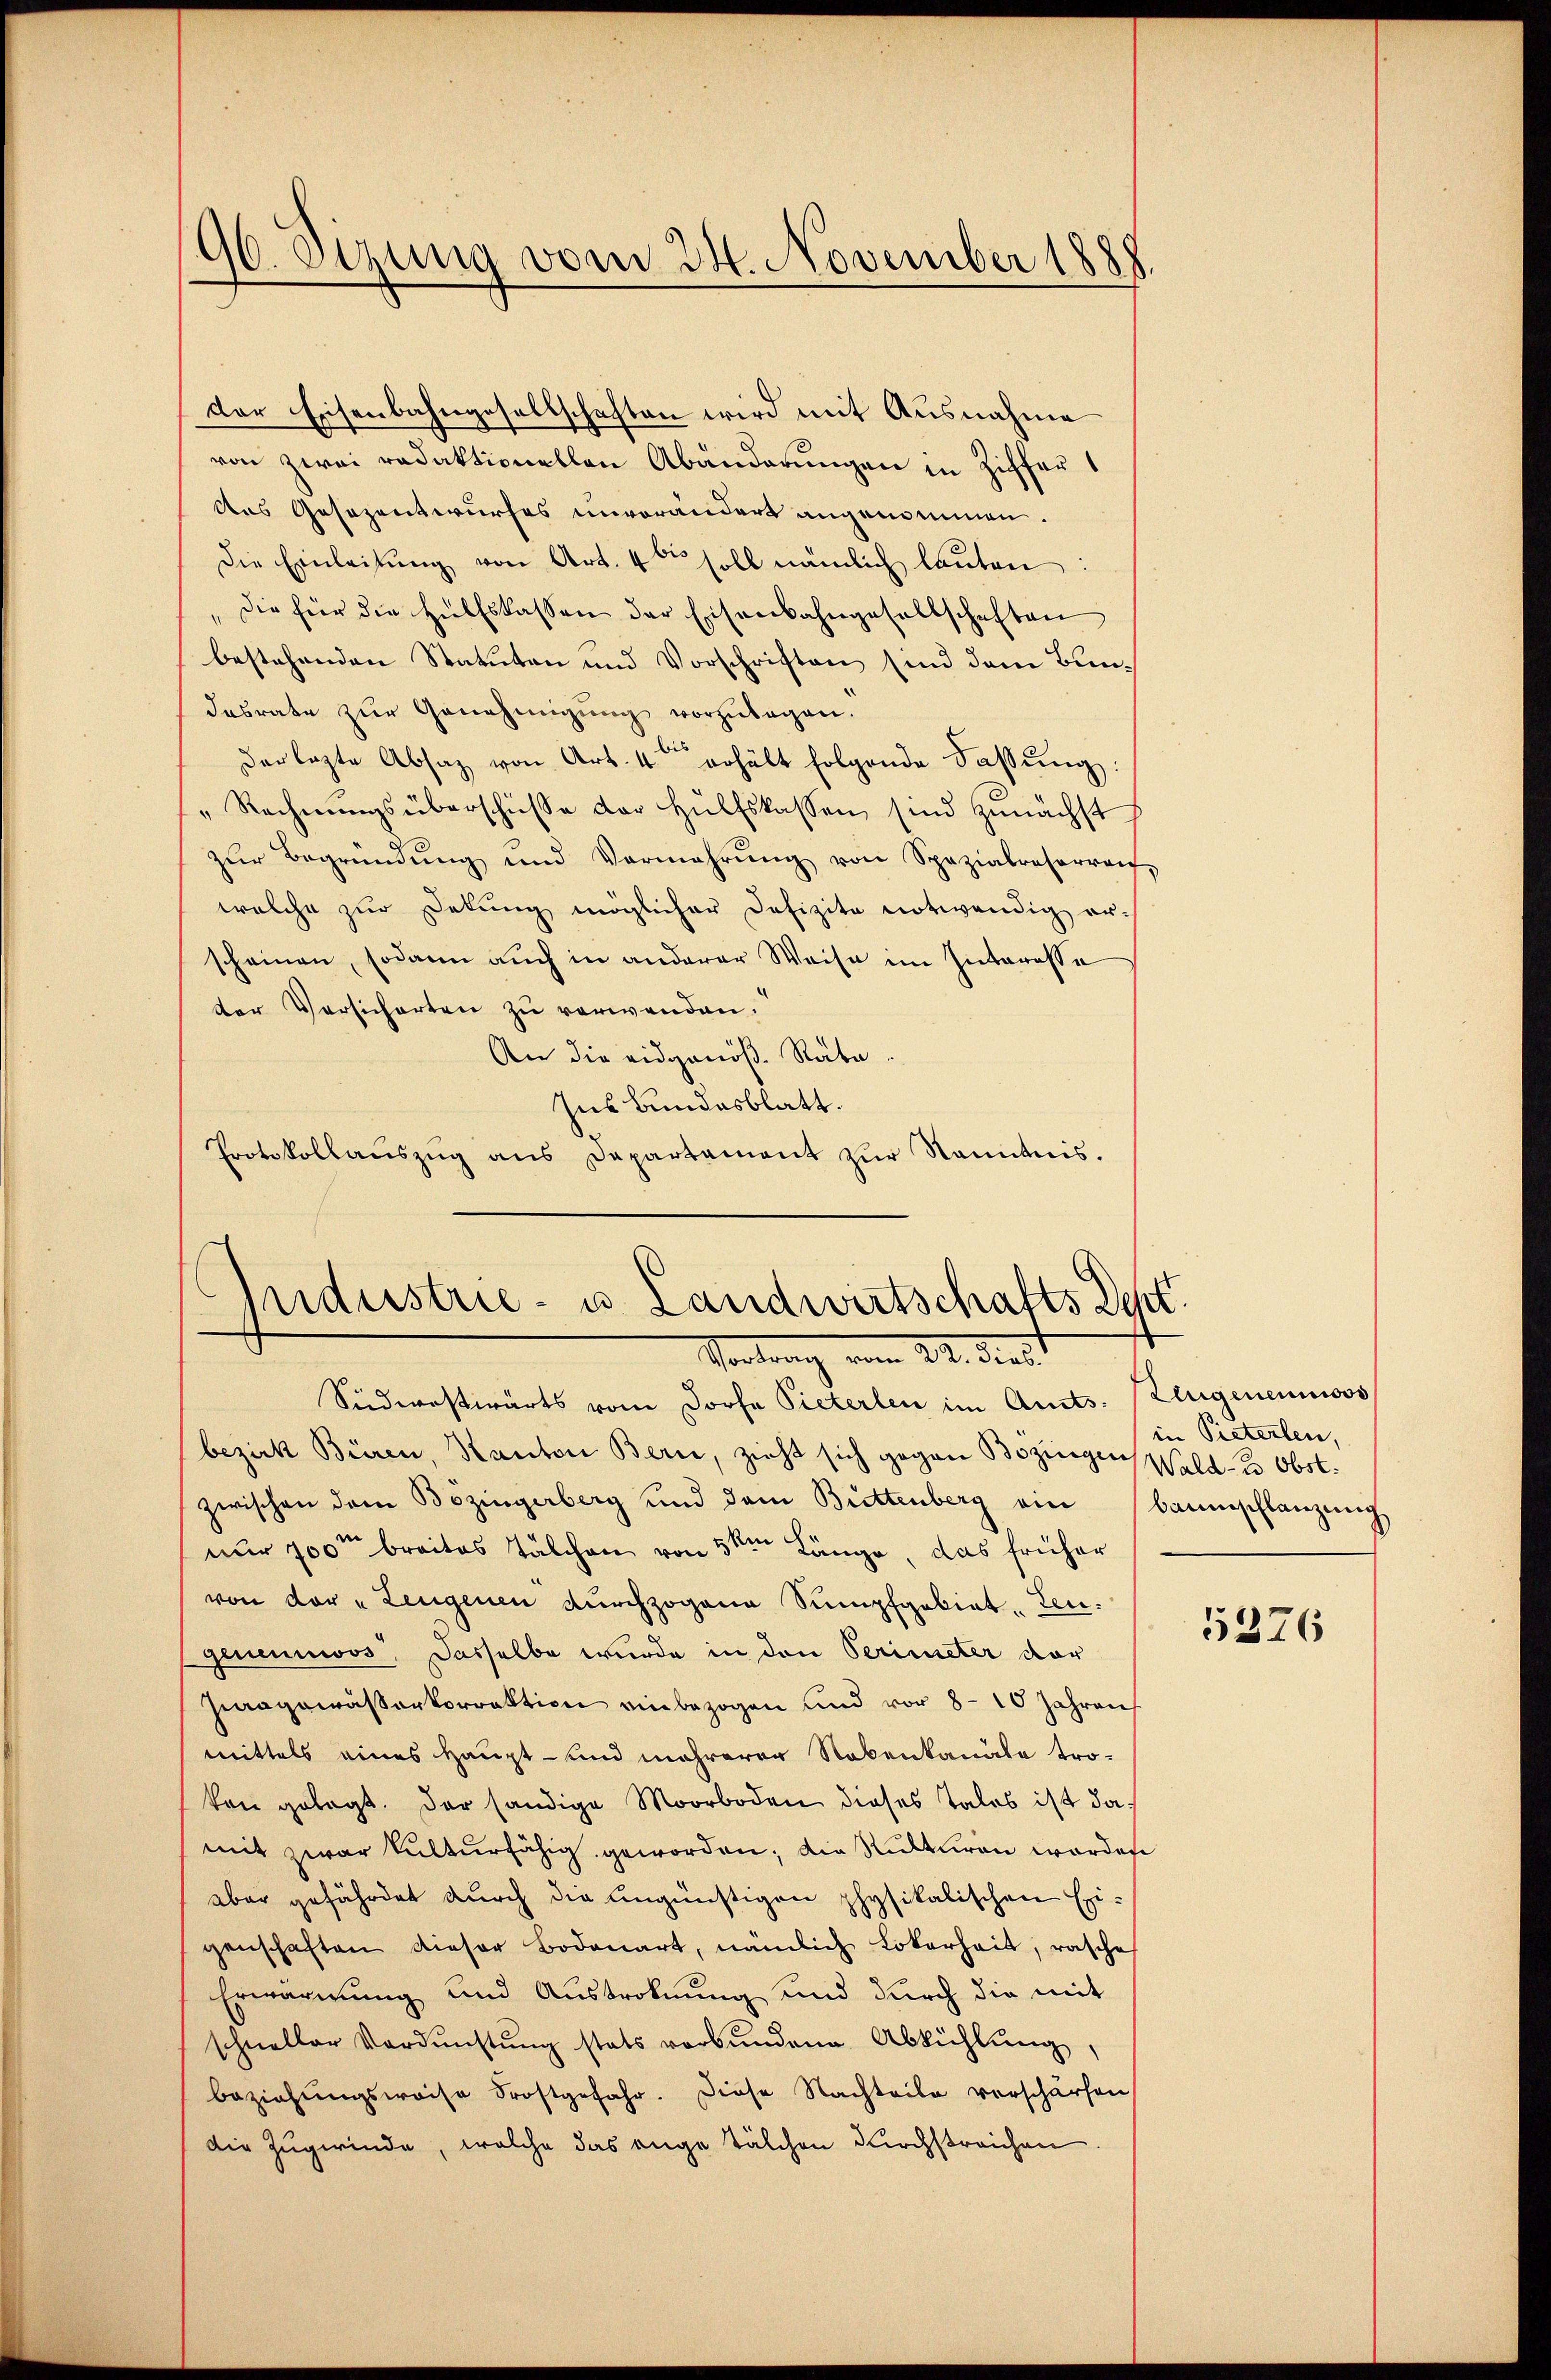
96. Sizung vom 24. November 1888.

der Eisenbahngesellschaften wird mit Ausnahme
von zwei redaktionellen Abänderŭngen in Ziffer
des Gesezentwurfes unverändert angenominen.
Die Einleitung von Art. 4ten soll nämlich lauten:
die für die Hülfskassen der Eisenbahngesellschaften
bestehenden Statuten und Vorschriften sind dem Bundesrate zŭr Genehmigŭng vorzŭlegen.
der lezte Absaz von Art. 4 erhält folgende Fassŭng:
" Rechnŭngsüberschüsse der Hülfskassen sind zunächst
zŭr Begründŭng und Vermehrŭng von Spezialreserven,
welche zur Delung möglicher Defizite notwendig erscheinen, sodann auch in anderer Weise im Interesse
der Versicherten zu verwenden.
An die eidgenöß. Räte.
Ins Bundesblatt.
Protokollaŭszŭg ans Departament zŭr Nanntnis.

Industrie- u. Landwirtschafts Dest.
Vortrag vom 22. Just

Südwestwärts vom Dorfe Pieterlen im Aucts. Zeugenenmoos
bezirk Büren, Kanton Bern, zieht sich gegen Bozingen Wald- u. Obst.
zwischen dem Bözingerberg und dem Buttenberg ein Baumschlanzung
nur 100m breites Tälchen von 5 ten Länge, das früher
von der „Zeugenen durchzogene Sumpfgebiet, Zeugeneumoos, dasselbe wurde in den Perimeter dor
Zwaagewässerkorrektion einbezogen und vor 8 - 10 Jahren
mittels eines Haupt- und mehrerer Nebenkanäle tro-
kon gelegt. Der händige Moorboden dieses Tales ist damit zwar kulturfähig geworden; die Rukturen worden
aber gefährdet durch die ungünstigen physikalischen Eigenschaften dieser Bodenart, nämlich Loberheit, rasche
Erwärmung und Austroknung und durch die mit
schneller Vordŭnstŭng stats verbŭndene Abkühlŭng,
beziehŭngsweise Frostgefahr. Diese Nachteile verschärfen
die Zugwinde, welche das enge Tälchen durchstreichen

in Pieterlen,

5376